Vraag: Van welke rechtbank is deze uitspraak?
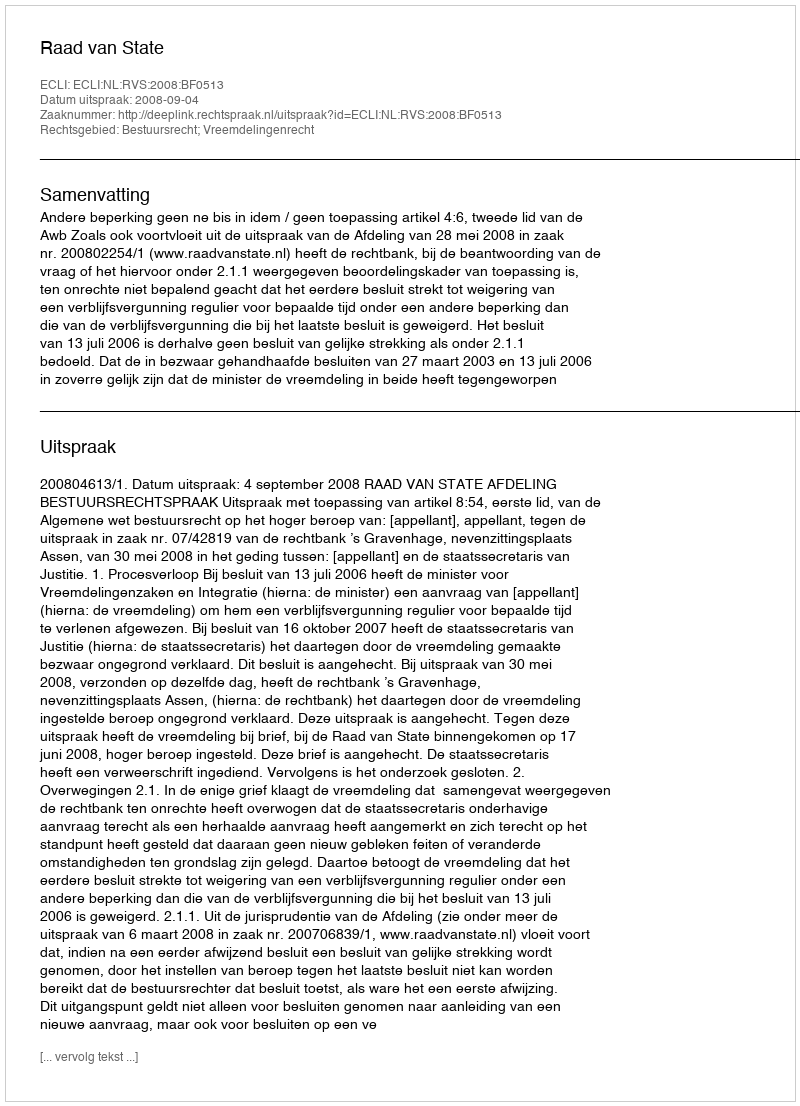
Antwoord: Raad van State